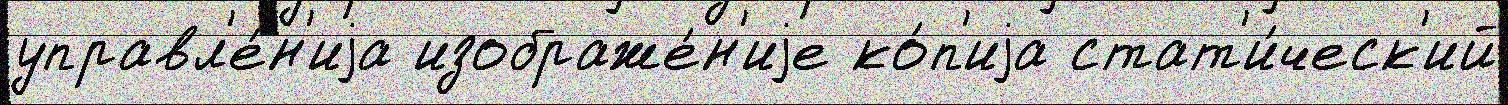
управл'е́н'иjа изображе́н'иjе ко́п'иjа стат'и́ческ'ий